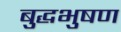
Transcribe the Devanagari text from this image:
बुद्धभुषण